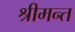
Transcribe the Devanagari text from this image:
श्रीमन्त